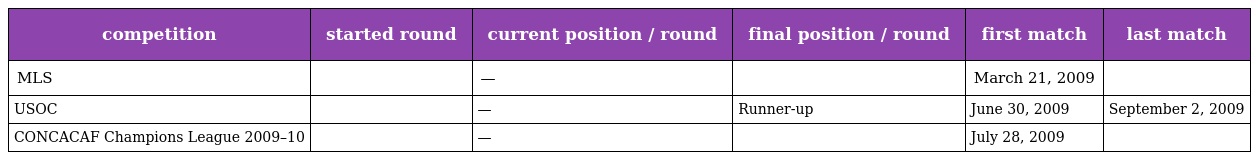
| competition | started round | current position / round | final position / round | first match | last match |
 | --- | --- | --- | --- | --- | --- |
 | MLS |  | — |  | March 21, 2009 |  |
 | USOC |  | — | Runner-up | June 30, 2009 | September 2, 2009 |
 | CONCACAF Champions League 2009–10 |  | — |  | July 28, 2009 |  |